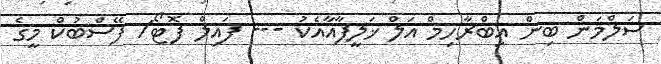
ސަލްމަން ބިން އިބްރާހިމް އަލް ޚަލީފާއާއެކު --- ފައިލް ފޮޓޯ/ ފޭސްބުކް މީގެ